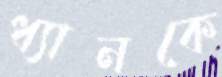
ধ্যানকে